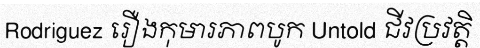
Rodriguez រឿងកុមារភាពបូក Untold ជីវប្រវត្តិ